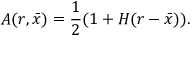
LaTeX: { \cal A } ( r , \bar { x } ) = { \frac { 1 } { 2 } } ( 1 + H ( r - \bar { x } ) ) .